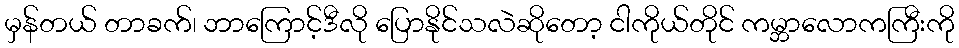
မှန်တယ် တာခက်၊ ဘာကြောင့်ဒီလို ပြောနိုင်သလဲဆိုတော့ ငါကိုယ်တိုင် ကမ္ဘာလောကကြီးကို